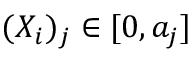
( X _ { i } ) _ { j } \in [ 0 , a _ { j } ]